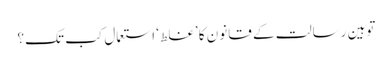
توہین رسالت کے قانون کا ’غلط‘ استعمال کب تک؟